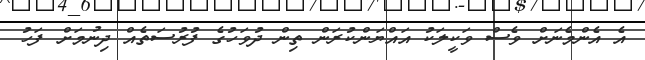
އެ އެންމެނަށް ވެސް ވަކީލަކު އައްޔަންކުރަން ތިން ދުވަހުގެ ފުރުސަތެއް ދިނުމަށް ފަހު